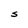
Character: S